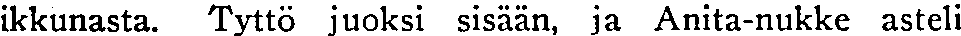
ikkunasta. Tyttö juoksi sisään, ja Anita-nukke asteli